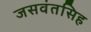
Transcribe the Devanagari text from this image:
जसवंतसिह